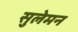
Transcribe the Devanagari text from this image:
सुलेमन